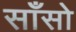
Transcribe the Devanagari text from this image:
साँसो